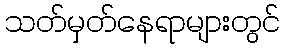
သတ်မှတ်နေရာများတွင်